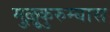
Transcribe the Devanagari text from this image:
मुल्लुकुरुम्बास